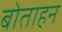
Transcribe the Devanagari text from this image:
बोताहन